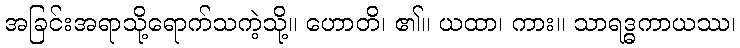
အခြင်းအရာသို့ရောက်သကဲ့သို့။ ဟောတိ၊ ၏။ ယထာ၊ ကား။ သာရဒ္ဓကာယဿ၊